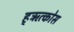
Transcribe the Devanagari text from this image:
ह्ऋत्कोस